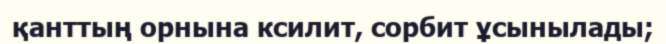
қанттың орнына ксилит, сорбит ұсынылады;